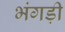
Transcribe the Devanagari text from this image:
भंगड़ी